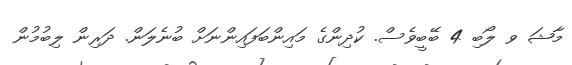
މާޝަ ވ ލޯބި 4 ބޭބީވެސް. ކުދިންގެ މައިންބަފައިންނަށް ބުނެލަން. ދަރިން ލިބުމުން